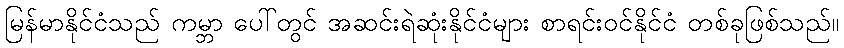
မြန်မာနိုင်ငံသည် ကမ္ဘာ ပေါ်တွင် အဆင်းရဲဆုံးနိုင်ငံများ စာရင်းဝင်နိုင်ငံ တစ်ခုဖြစ်သည်။